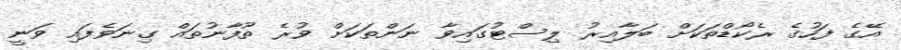
އޭގެ ފަހުގެ ރެކޯޑްތަކަށް ބަލާއިރު ލިސްޓުގައިވާ ނަންތަކަށް ވުރެ ތޫފާނުތައް ގިނަވެފައި ވަނީ